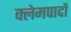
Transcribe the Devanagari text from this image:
क्लेमपादों